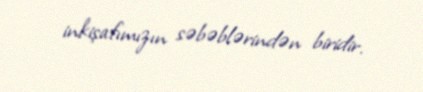
inkişafımızın səbəblərindən biridir.